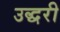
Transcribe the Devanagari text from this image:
उद्धरी